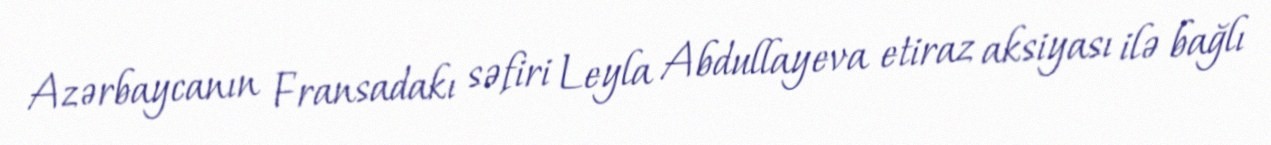
Azərbaycanın Fransadakı səfiri Leyla Abdullayeva etiraz aksiyası ilə bağlı